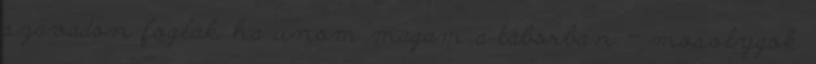
szavadon foglak ha unom magam a táborban - mosolygok